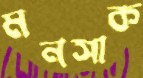
মনসাক